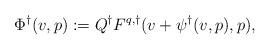
LaTeX: \begin{align*}\Phi^\dagger(v,p) := Q^\dagger F^{q,\dagger}(v + \psi^\dagger(v,p),p),\end{align*}